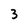
Character: 3